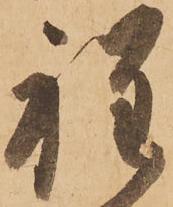
程